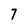
Character: 7